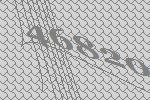
46820